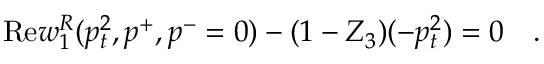
\mathrm { R e } w _ { 1 } ^ { R } ( p _ { t } ^ { 2 } , p ^ { + } , p ^ { - } = 0 ) - ( 1 - Z _ { 3 } ) ( - p _ { t } ^ { 2 } ) = 0 ~ ~ ~ .